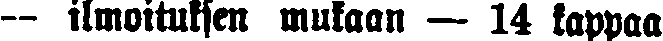
— ilmoituksen mukaan — 14 kappaa